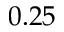
0 . 2 5